Report on sanitation, dispensaries, and jails in Rajputana for 1913, and on vaccination for the year 1913-1914 - 1913-1914
Year: 1913
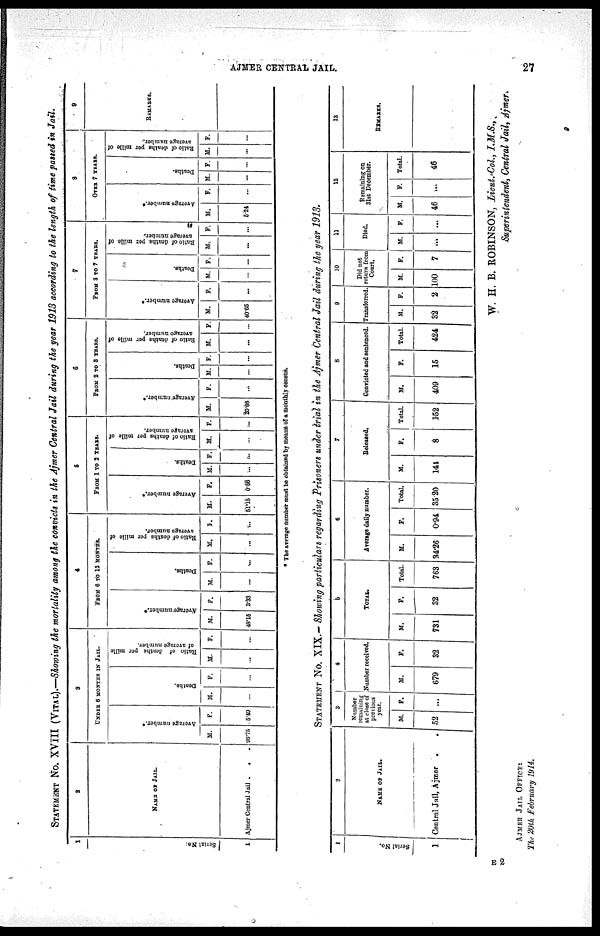
AJMER CENTRAL JAIL.
27
STATEMENT No. XVIII (VITAL).—Showing the mortality among the convicts in the Ajmer Central Jail during the year 1913 according to the length of time passed in Jail.
1
Serial No.
1
2
NAME OF JAIL.
Ajmer Central Jail .
. .
3
UNDER 6 MONTH IN JAIL.
Average number.*
M.
96.75
F.
5.40
Deaths.
M.
...
F.
...
Ratio of deaths per mille
of average number.
M
...
F.
...
4
FROM 6 TO 12 MONTHS.
Average number.*
M.
48.15
F.
3.33
Deaths.
M.
...
F.
...
Ratio of deaths per mille of
average
number.
M.
...
F.
...
5
FROM 1 TO 2 YEARS.
Average number.*
M.
51.15
F.
0.56
Deaths.
M.
...
F.
...
Ratio of deaths per mille of
average number.
M.
...
F.
...
6
FROM 2 TO 3 YEARS.
Average number.*
M.
0.06
F.
...
Deaths.
M.
...
F.
...
Ratio of deaths per mille of
average number.
M.
...
F.
...
7
FROM 3 to 7 YEARS.
Average number.
M.
40.65
F.
...
Deaths.
M.
...
F.
...
Ratio of deaths per mille of
average number.
M.
...
F.
...
8
OVER 7 YEARS.
Average number.*
M.
5.24
F.
...
Deaths.
M.
...
F.
...
Ratio of deaths per mille of
average number.
M.
...
F.
...
9
REMARKS.
* The average number must be obtained by means of a monthly census.
STATEMENT No. XIX.— Showing particulars regarding Prisoners under trial in the Ajmer Central Jail during the year 1913.
1
Serial No.
1
2
NAME OF JAIL.
Central Jail, Ajmer .
.
3
Number
remaining
at close of
prorious
year.
M.
52
F.
...
4
Number received.
M.
679
F.
32
5
TOTAL.
M.
731
F.
32
Total.
763
6
Average daily number.
M.
34.26
F.
0.94
Total.
35.20
7
Released.
M.
141
F.
8
Total.
152
8
Convicted and sentenced.
M.
409
F.
15
Total.
424
9
Transferred.
M.
32
F.
2
10
Did not
return from
Court.
M.
100
F.
7
11
Died.
M.
...
F.
...
12
Remaining on
31st December.
M.
46
F.
...
Total.
46
13
REMARKS.
W. H. B. ROBINSON, Lieut.-Col., I.M.S.,
Superintendent, Central Jail, Ajmer.
AJMER JAIL OFFICE:
The 20th, February 1914.
E2